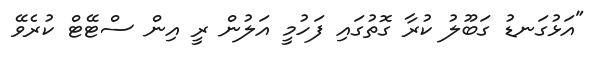
"އަޅުގަނޑު ގަބޫލު ކުރާ ގޮތުގައި ފަހުމީ އަލުން ރީ އިން ސްޓޭޓް ކުރެވޭ